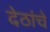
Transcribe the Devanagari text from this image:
देठांचे